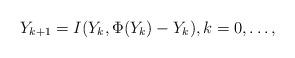
LaTeX: \begin{align*}Y_{k+1} = I(Y_k, \Phi(Y_k) - Y_k), k = 0, \ldots, \end{align*}